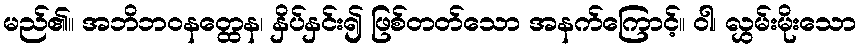
မည်၏။ အဘိဘဝနတ္ထေန၊ နှိပ်နှင်း၍ ဖြစ်တတ်သော အနက်ကြောင့်။ ဝါ၊ လွှမ်းမိုးသော